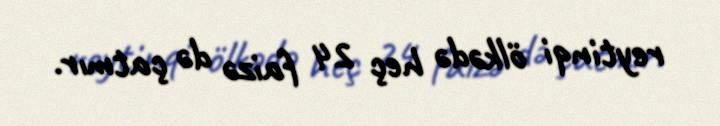
reytinqi ölkədə heç 24 faizə də çatmır.